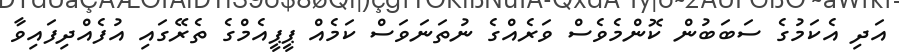
އަދި އެކަމުގެ ސަބަބުން ކޮންމެވެސް ވަރެއްގެ ނުތަނަވަސް ކަމެއް ޕީޕީއެމްގެ ތެރޭގައި އުފެއްދިފައިވާ